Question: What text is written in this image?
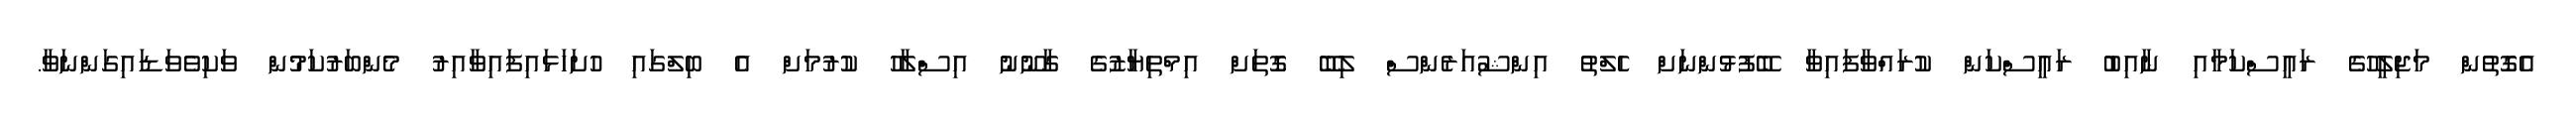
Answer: އެގޮތުން މަޖިލީހުގެ ރައީސްކަމާއި ނާއިބު ރައީސްކަން ކުރައްވާފައިވާ ބޭފުޅުންނަށް ހެލްތު އިންޝުއަރެންސް ލިބޭ ގޮތަށް އިމްތިޔާޒުގެ ގާނޫނު އިސްލާހު ކުރުމަށް އެ ބިލްގައި ހުށަހަޅައިފައިވާއިރު މެންބަރުކަމުން ވަކިވެވަޑައިގަންނަވާ.